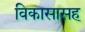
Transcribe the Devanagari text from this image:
विकासासह